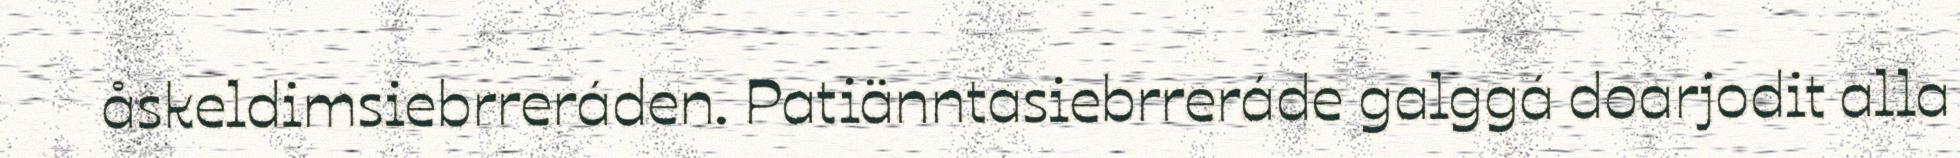
åskeldimsiebrreráden. Patiänntasiebrreráde galggá doarjodit alla